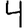
Digit: 4